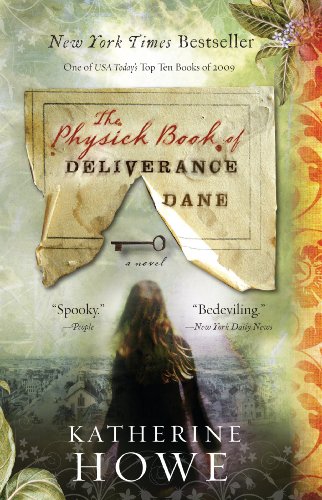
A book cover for The Physick Book of Deliverance Dane; Katherine Howe; Mystery, Thriller & Suspense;